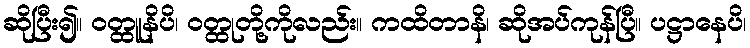
ဆိုပြီး၍။ ဝတ္ထူနိပိ၊ ဝတ္ထုတို့ကိုလည်း။ ကထိတာနိ၊ ဆိုအပ်ကုန်ပြီ။ ပဋ္ဌာနေပိ၊